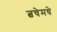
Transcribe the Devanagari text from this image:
त्वचेमधे